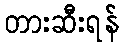
တားဆီးရန်